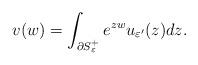
LaTeX: \begin{align*}v(w) = \int_{\partial S_{\varepsilon}^+} e^{zw} u_{\varepsilon'}(z)dz.\end{align*}